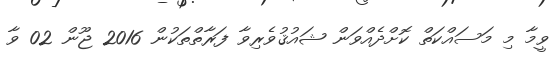
ވީމާ މި މަސައްކަތް ކޮށްދެއްވަން ޝައުޤުވެރިވާ ފަރާތްތަކުން 2016 ޖޫން 02 ވާ